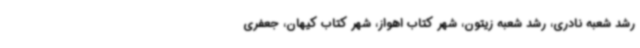
رشد شعبه نادری، رشد شعبه زیتون، شهر کتاب اهواز، شهر کتاب کیهان، جعفری